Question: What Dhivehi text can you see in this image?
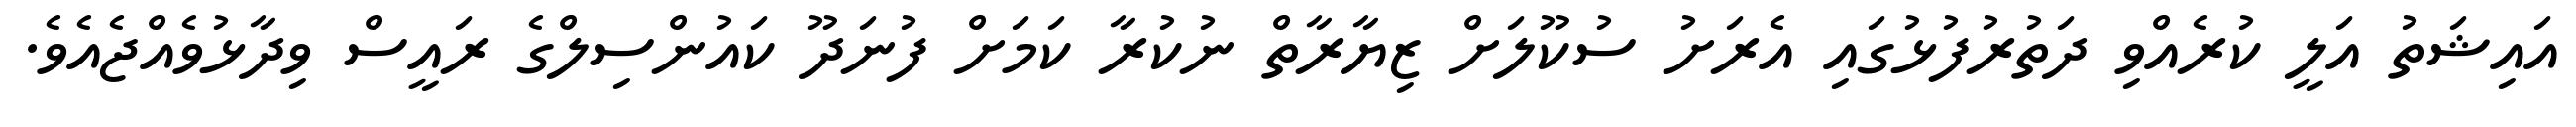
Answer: އައިޝަތު އަލީ ކުރެއްވި ދަތުރުފުޅުގައި އެރަށު ސުކޫލަށް ޒިޔާރާތް ނުކުރާ ކަމަށް ފުނަދޫ ކައުންސިލްގެ ރައީސް ވިދާޅުވެއްޖެއެވެ.